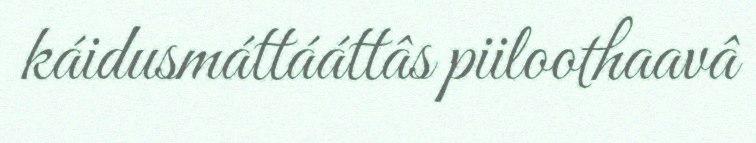
káidusmáttááttâs piiloothaavâ